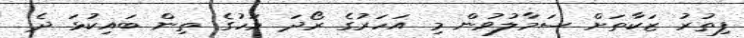
ފިތުރު ޒަކާތަށް ސަމާލުވުން މި އަހަރުގެ ރޯދަ މަހުގެ ތިން ބައިކުޅަ ދެ